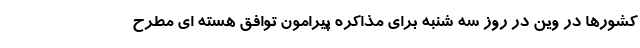
کشورها در وین در روز سه شنبه برای مذاکره پیرامون توافق هسته ای مطرح